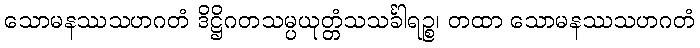
သောမနဿသဟဂတံ ဒိဋ္ဌိဂတသမ္ပယုတ္တံသသင်္ခါရဉ္စ၊ တထာ သောမနဿသဟဂတံ